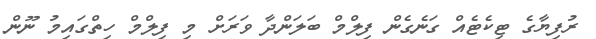
ރުފިޔާގެ ޓިކެޓެއް ގަނެގެން ފިލްމް ބަލަންދާ ވަރަށް މި ފިލްމް ހިތްގައިމު ނޫން